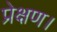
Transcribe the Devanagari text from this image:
प्रेक्षण।